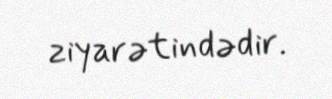
ziyarətindədir.